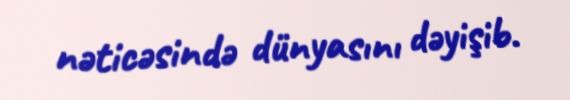
nəticəsində dünyasını dəyişib.